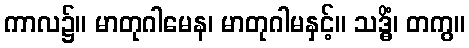
ကာလ၌။ မာတုဂါမေန၊ မာတုဂါမနှင့်။ သဒ္ဓိံ၊ တကွ။